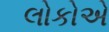
લોકોએ